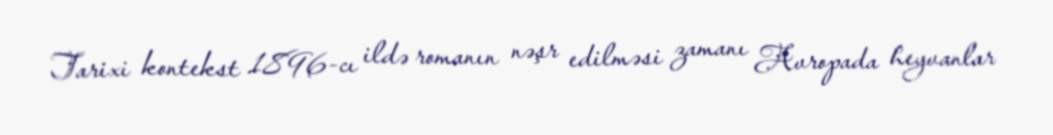
Tarixi kontekst 1896-cı ildə romanın nəşr edilməsi zamanı Avropada heyvanlar